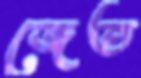
জেত